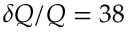
\delta Q / Q = 3 8 \, \